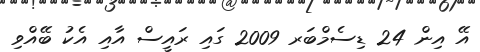
އޭ އިން 24 ޑިސެމްބަރ 2009 ގައި ރައީސް އާއި އެކު ބޭއްވި